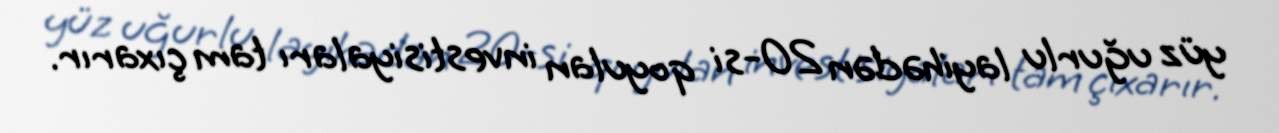
yüz uğurlu layihədən 20-si qoyulan investisiyaları tam çıxarır.